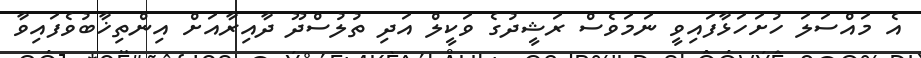
އެ މައްސަލަ ހުށަހަޅާފައިވީ ނަމަވެސް ރަޝީދުގެ ވަކީލް އަދި ތުލުސްދޫ ދާއިރާއަށް އިންތިޚާބުވެފައިވާ